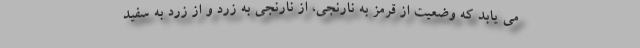
می یابد که وضعیت از قرمز به نارنجی، از نارنجی به زرد و از زرد به سفید